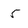
Character: 5